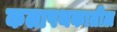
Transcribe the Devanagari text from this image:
कलापथकातील